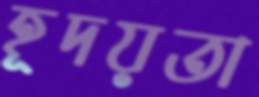
হূদয়তা